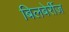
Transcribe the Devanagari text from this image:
बिलबेर्रीज़